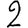
Digit: 2